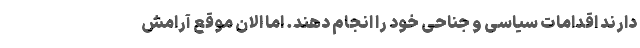
دارند اقدامات سیاسی و جناحی خود را انجام دهند. اما الان موقع آرامش